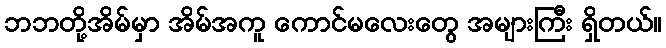
ဘဘတို့အိမ်မှာ အိမ်အကူ ကောင်မလေးတွေ အများကြီး ရှိတယ်။